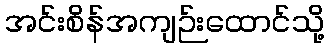
အင်းစိန်အကျဉ်းထောင်သို့